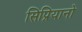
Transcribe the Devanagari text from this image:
सिप्रियानो